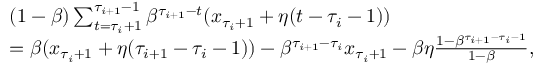
\begin{array} { r l } & { ( 1 - \beta ) \sum _ { t = \tau _ { i } + 1 } ^ { \tau _ { i + 1 } - 1 } \beta ^ { \tau _ { i + 1 } - t } ( x _ { \tau _ { i } + 1 } + \eta ( t - \tau _ { i } - 1 ) ) } \\ & { = \beta ( x _ { \tau _ { i } + 1 } + \eta ( \tau _ { i + 1 } - \tau _ { i } - 1 ) ) - \beta ^ { \tau _ { i + 1 } - \tau _ { i } } x _ { \tau _ { i } + 1 } - \beta \eta \frac { 1 - \beta ^ { \tau _ { i + 1 } - \tau _ { i } - 1 } } { 1 - \beta } , } \end{array}